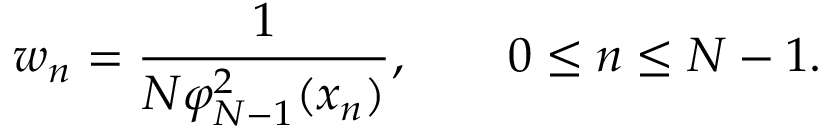
w _ { n } = \frac { 1 } { N \varphi _ { N - 1 } ^ { 2 } ( x _ { n } ) } , \qquad 0 \leq n \leq N - 1 .